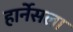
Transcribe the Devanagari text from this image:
हार्नेसला